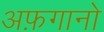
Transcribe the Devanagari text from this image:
अफ़गानो